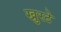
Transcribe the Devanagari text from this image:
खुरटे